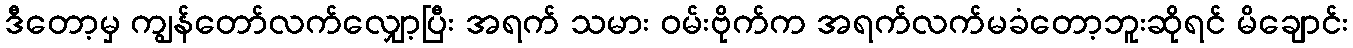
ဒီတော့မှ ကျွန်တော်လက်လျှော့ပြီး အရက် သမား ဝမ်းဗိုက်က အရက်လက်မခံတော့ဘူးဆိုရင် မိချောင်း